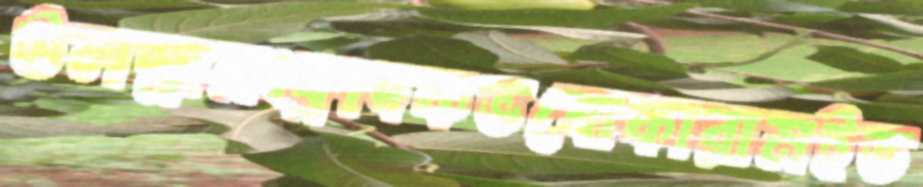
উলস্নামংফ্রাদকভবোকারামইভ